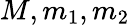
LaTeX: M,m_{1},m_{2}